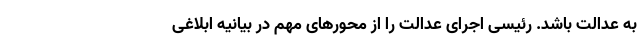
به عدالت باشد. رئیسی اجرای عدالت را از محورهای مهم در بیانیه ابلاغی